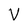
Character: V